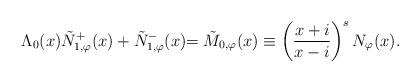
LaTeX: \begin{align*}\Lambda_0(x) \tilde{N}_{1,\varphi}^{+}(x) + \tilde{N}_{1,\varphi}^{-}(x) {=\tilde{M}_{0,\varphi}(x)\equiv \left(\frac{x + i}{x - i}\right)^s N_{\varphi}(x).}\end{align*}